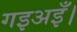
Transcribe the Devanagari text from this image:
गइअइँ।